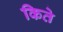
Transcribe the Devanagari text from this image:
किते